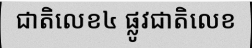
ជាតិលេខ៤ ផ្លូវជាតិលេខ